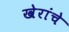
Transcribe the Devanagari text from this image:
खेरांचे